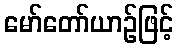
မော်တော်ယာဉ်ဖြင့်